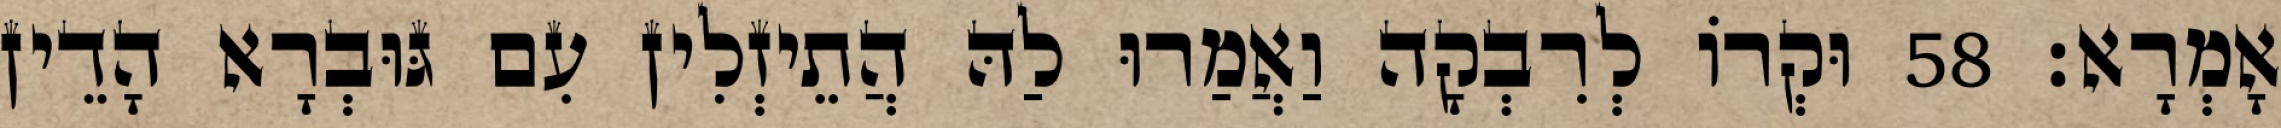
אָמְרָא׃ 58 וּקְרוֹ לְרִבְקָה וַאֲמַרוּ לַהּ הֲתֵיזְלִין עִם גּוּבְרָא הָדֵין